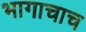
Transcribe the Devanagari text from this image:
भागाचाच